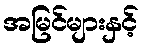
အမြင်များနှင့်